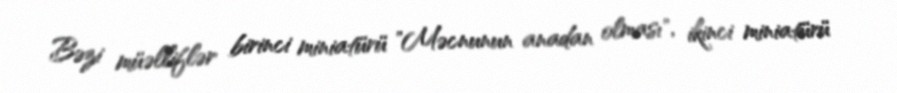
Bəzi müəlliflər birinci miniatürü "Məcnunun anadan olması", ikinci miniatürü